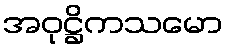
အဝုဋ္ဌိကသမော